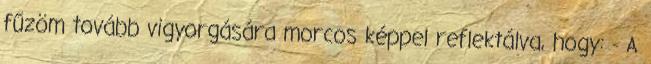
fűzöm tovább vigyorgására morcos képpel reflektálva, hogy: - A